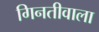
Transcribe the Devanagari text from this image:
गिनतीवाला